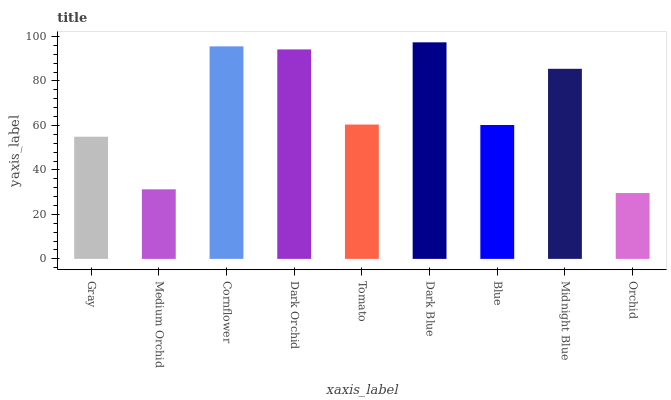
| xaxis_label | bars |
 | --- | --- |
 | Gray | 54.9 |
 | Medium Orchid | 31.3 |
 | Cornflower | 95.6 |
 | Dark Orchid | 94.2 |
 | Tomato | 60.4 |
 | Dark Blue | 97.4 |
 | Blue | 60.2 |
 | Midnight Blue | 85.5 |
 | Orchid | 29.6 |